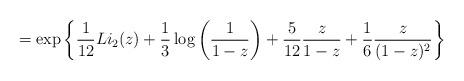
LaTeX: \begin{align*} = \exp\left\{ \frac{1}{12}Li_2(z) + \frac{1}{3} \log\left( \frac{1}{1-z} \right) + \frac{5}{12} \frac{z}{1-z} + \frac{1}{6} \frac{z}{(1-z)^2} \right\}\end{align*}